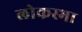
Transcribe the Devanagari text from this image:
लोकस्भा